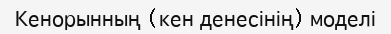
Кенорынның (кен денесінің) моделі